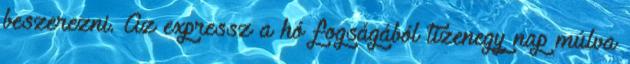
beszerezni. Az expressz a hó fogságából tizenegy nap múlva